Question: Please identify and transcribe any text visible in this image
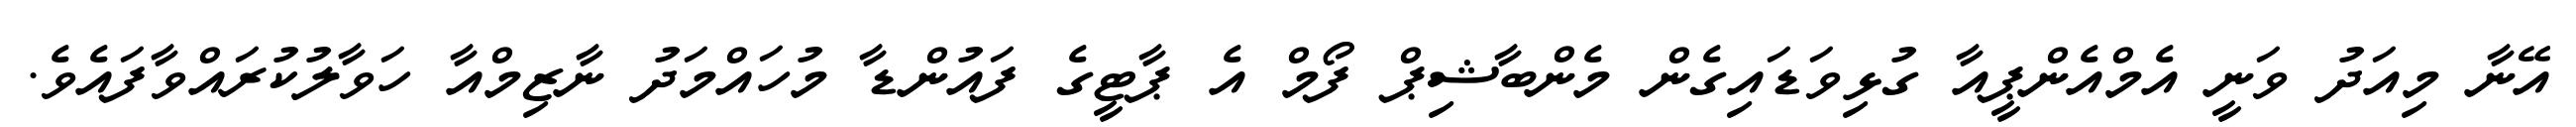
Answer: އޭނާ މިއަދު ވަނީ އެމްއެންޕީއާ ގުޅިވަޑައިގެން މެންބާޝިޕް ފޯމް އެ ޕާޓީގެ ފައުންޑާ މުހައްމަދު ނާޒިމްއާ ހަވާލުކުރައްވާފައެވެ.